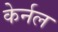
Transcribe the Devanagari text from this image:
केर्नल